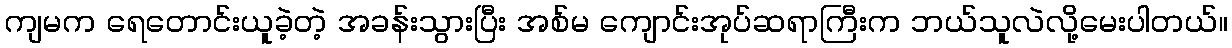
ကျမက ရေတောင်းယူခဲ့တဲ့ အခန်းသွားပြီး အစ်မ ကျောင်းအုပ်ဆရာကြီးက ဘယ်သူလဲလို့မေးပါတယ်။